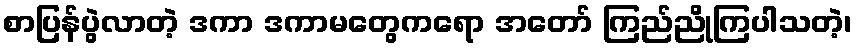
စာပြန်ပွဲလာတဲ့ ဒကာ ဒကာမတွေကရော အတော် ကြည်ညိုကြပါသတဲ့၊